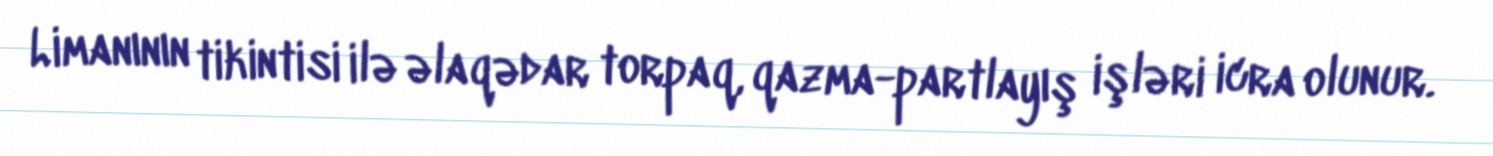
Limanının tikintisi ilə əlaqədar torpaq, qazma-partlayış işləri icra olunur.